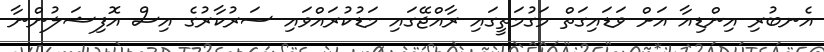
އެނބުރި އިންޑިއާ އަށް ވަޑައިގަތް މަގުމަތީގައި ރާއްޖޭގައި މަޑުކުރައްވައި ސަރުކާރުގެ އިސް އޮފިޝަލުންނާ